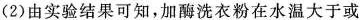
(2)由实验结果可知，加酶洗衣粉在水温大于或